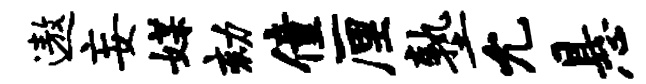
遨妄媒劾僮厘塾允悬